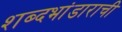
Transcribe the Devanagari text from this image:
शब्दभांडाराची